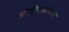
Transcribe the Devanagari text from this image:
प्रोटीनआवरण